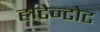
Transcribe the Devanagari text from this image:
होटेन्टोट